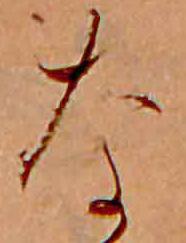
な